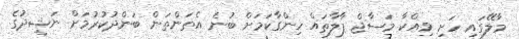
މާލޭގައި ހަށި ވިއްކާ މަސާޖް ޕާލާތައް ހިންގާކަމަށް ބުނެ އެތަންތަން ބަންދުކުރުމަށް ނަޝީދުގެ